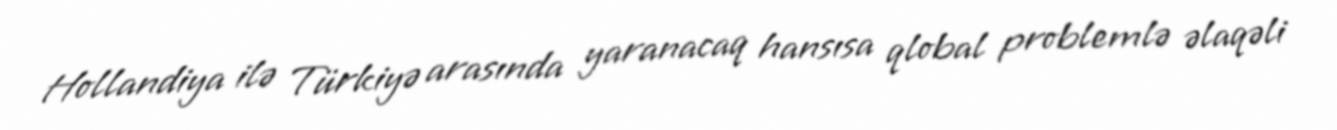
Hollandiya ilə Türkiyə arasında yaranacaq hansısa qlobal problemlə əlaqəli